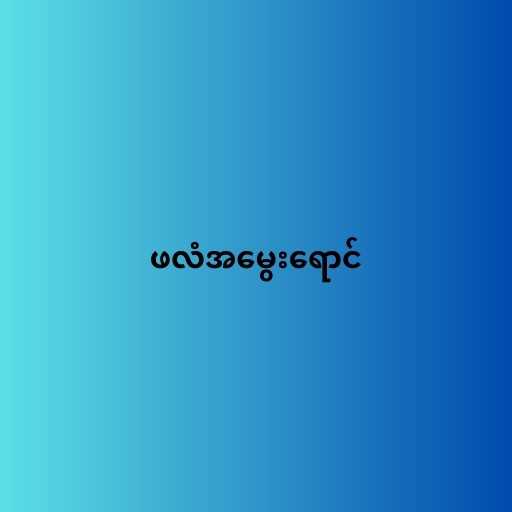
ဖလံအမွေးရောင်